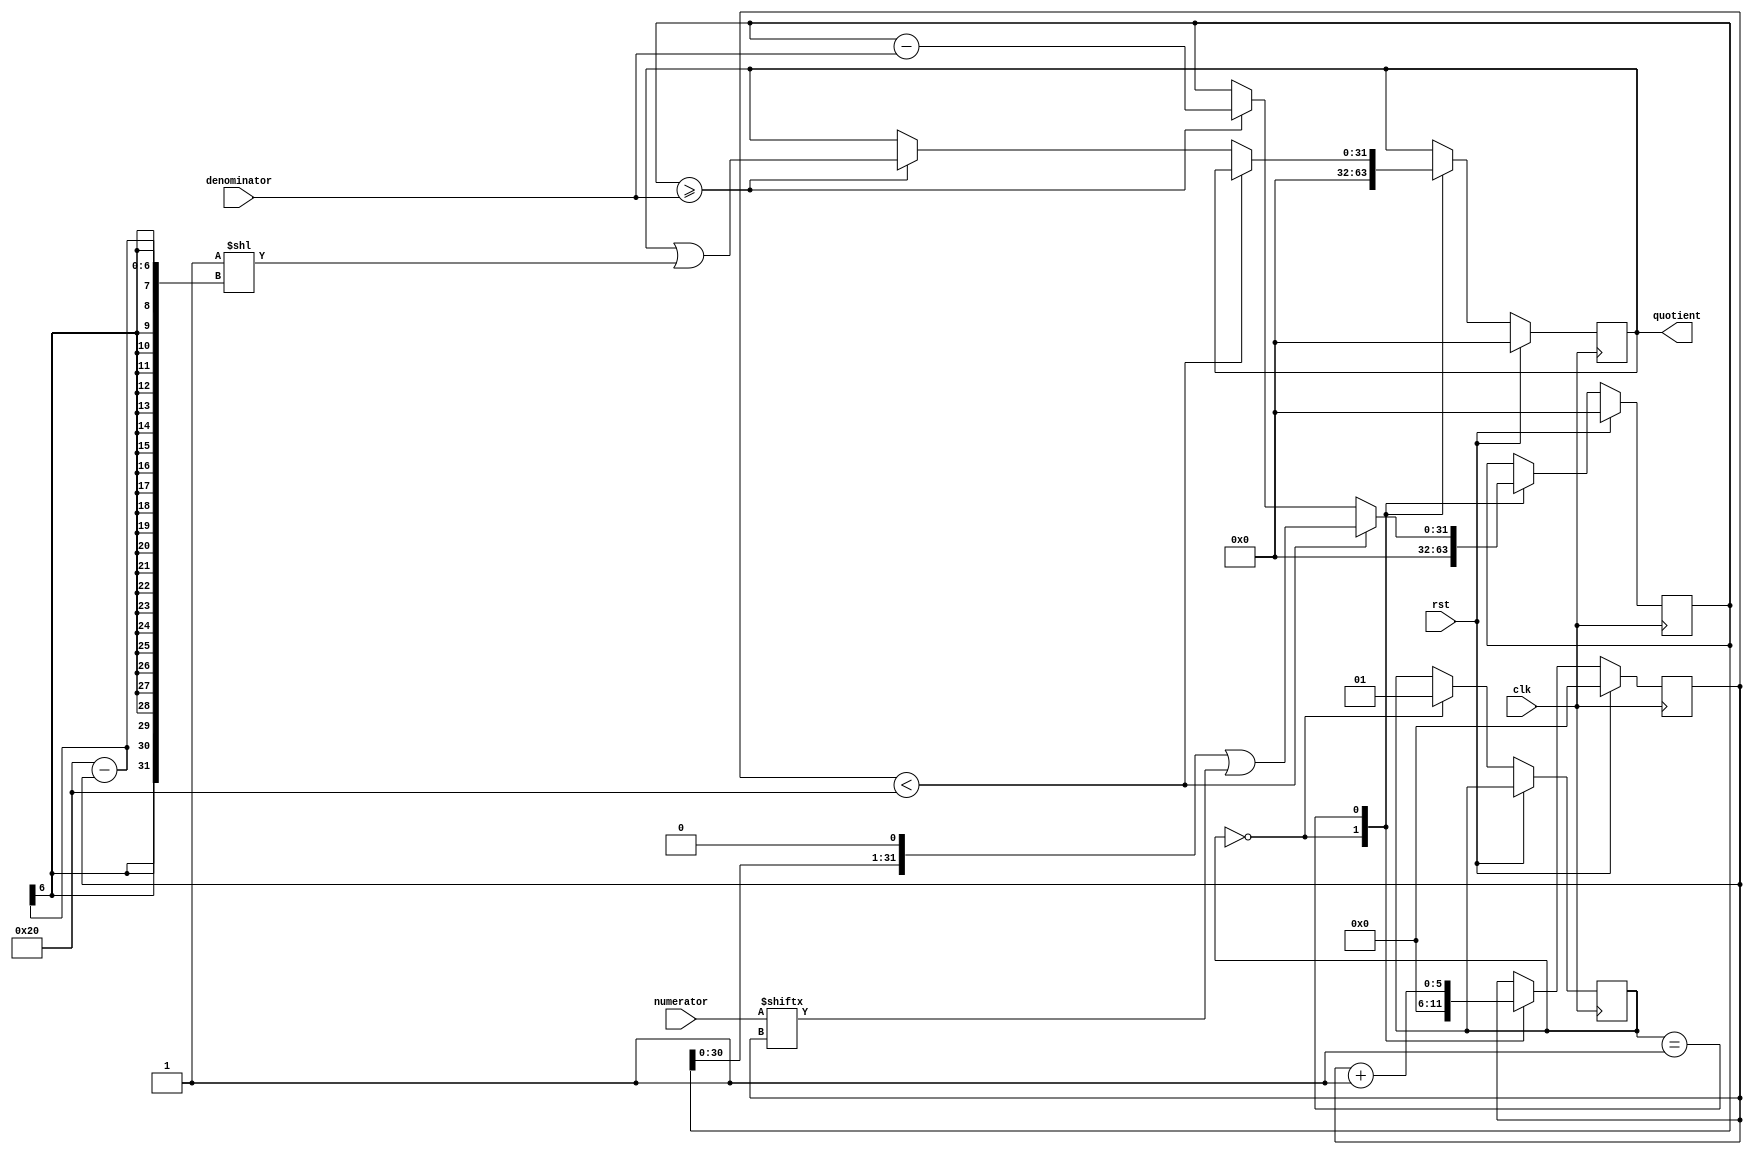
module divider(
    input clk,
    input rst,
    input [31:0] numerator,
    input [31:0] denominator,
    output reg [31:0] quotient
);

reg [31:0] remainder;
reg [5:0] count;
wire [1:0] state;

always @(posedge clk) begin
    if (rst) begin
        count <= 0;
        remainder <= 0;
        quotient <= 0;
    end else begin
        case(state)
            2'b00: begin // initialization state
                count <= 0;
                remainder <= 0;
                quotient <= 0;
                state <= 2'b01;
            end
            2'b01: begin // division state
                if (count < 32) begin
                    remainder <= (remainder << 1) | numerator[count];
                    count <= count + 1;
                end else begin
                    if (remainder >= denominator) begin
                        remainder <= remainder - denominator;
                        quotient <= quotient | (1 << (32 - count));
                    end
                    count <= count + 1;
                end
                if (count == 64) begin
                    count <= 0;
                    state <= 2'b00;
                end
            end
        endcase
    end
end

endmodule